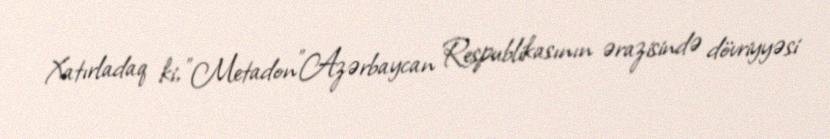
Xatırladaq ki, "Metadon"Azərbaycan Respublikasının ərazisində dövriyyəsi